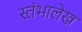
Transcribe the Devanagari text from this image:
स्‍तंभालेख